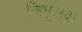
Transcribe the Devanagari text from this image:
त्रिमूलक